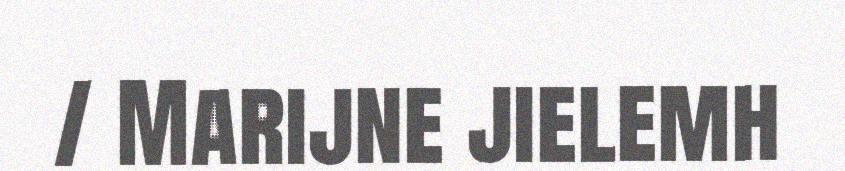
/ Marijne jielemh